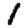
Digit: 1